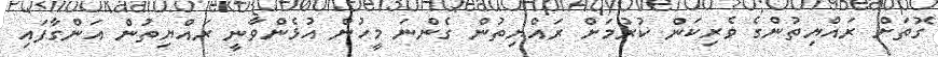
ގޮތަށް ރައްޔިތުންގެ ވެރިކަން ކުރުމަށް ރައްޔިތުން ގެންނަ މީހުން އުޅެންވާނީ ރައްޔިތުން އަންގާފައި